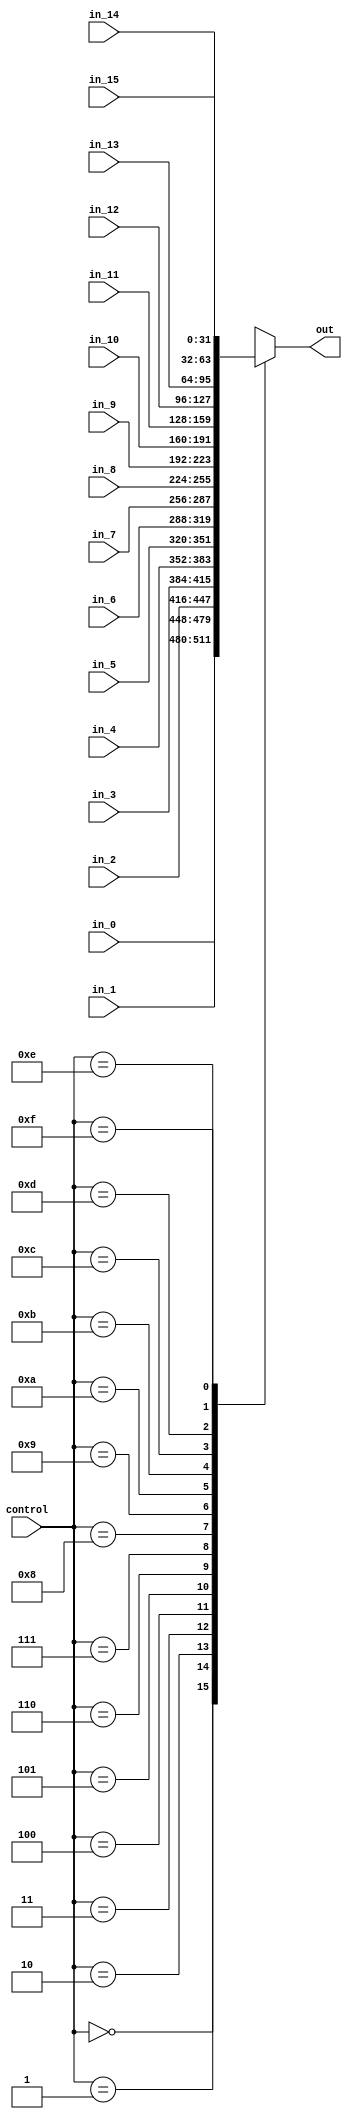
module mux16(in_0, in_1, in_2, in_3, in_4, in_5, in_6, in_7, in_8, in_9, in_10, in_11, in_12, in_13, in_14, in_15, control, out);
	input wire [31:0] in_0, in_1, in_2, in_3, in_4, in_5, in_6, in_7, in_8, in_9, in_10, in_11, in_12, in_13, in_14, in_15;
	input wire [3:0] control;
	output reg [31:0] out;
	
	always@(control) begin
		case(control)
			4'b0000: out = in_0;
			4'b0001: out = in_1;
			4'b0010: out = in_2;
			4'b0011: out = in_3;
			4'b0100: out = in_4;
			4'b0101: out = in_5;
			4'b0110: out = in_6;
			4'b0111: out = in_7;
			4'b1000: out = in_8;
			4'b1001: out = in_9;
			4'b1010: out = in_10;
			4'b1011: out = in_11;
			4'b1100: out = in_12;
			4'b1101: out = in_13;
			4'b1110: out = in_14;
			4'b1111: out = in_15;
		endcase
	end
endmodule